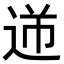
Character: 𨒾